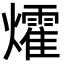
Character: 㸌